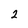
Character: 2